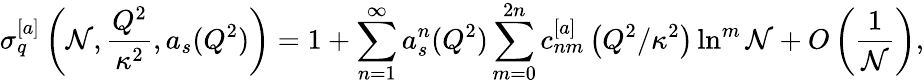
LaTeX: {\sigma}_{q}^{[a]}\left(\mathcal{N},\frac{{Q^{2}}}{{\kappa^{2}}},a_{s}(Q^{2})\right)=1+\sum_{n=1}^{\infty}a_{s}^{n}(Q^{2})\sum_{m=0}^{2n}c_{nm}^{[a]}\left({Q^{2}}/{\kappa^{2}}\right)\ln^{m}\mathcal{N}+O\left(\frac{{1}}{{\mathcal{N}}}\right),